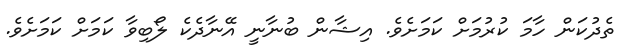
ތެދުކަން ހާމަ ކުރުމަށް ކަމަށެވެ. އިޝާން ބުނާނީ އޭނާދެކެ ލޯބިވާ ކަމަށް ކަމަށެވެ.